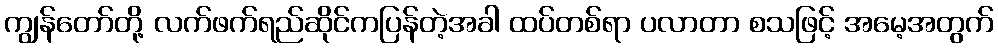
ကျွန်တော်တို့ လက်ဖက်ရည်ဆိုင်ကပြန်တဲ့အခါ ထပ်တစ်ရာ ပလာတာ စသဖြင့် အမေ့အတွက်